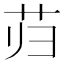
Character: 𰰮